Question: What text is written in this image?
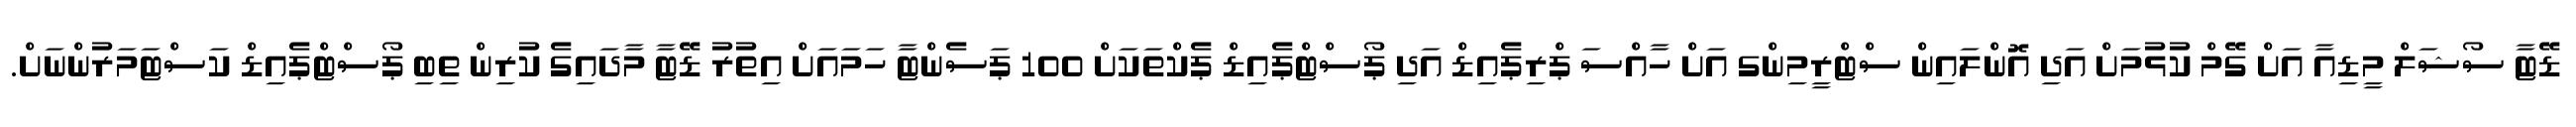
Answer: ޑޭޓާ ސޯޝަލް މީޑިއާ އަށް ގޭމް ކުޅުމަށް އަދި އޮންލައިން ސްޓްރީމިންގ އަށް ހާއްސަ ޕްރިޕެއިޑް އަދި ޕޯސްޓްޕެއިޑް ޕެކްތަކަށް 100 ޕަސެންޓާ ހަމައަށް އިތުރު ޑޭޓާ މާދައިގެ ކުރިން ތިބި ޕޯސްޓްޕެއިޑް ކަސްޓަމަރުންނަށް.